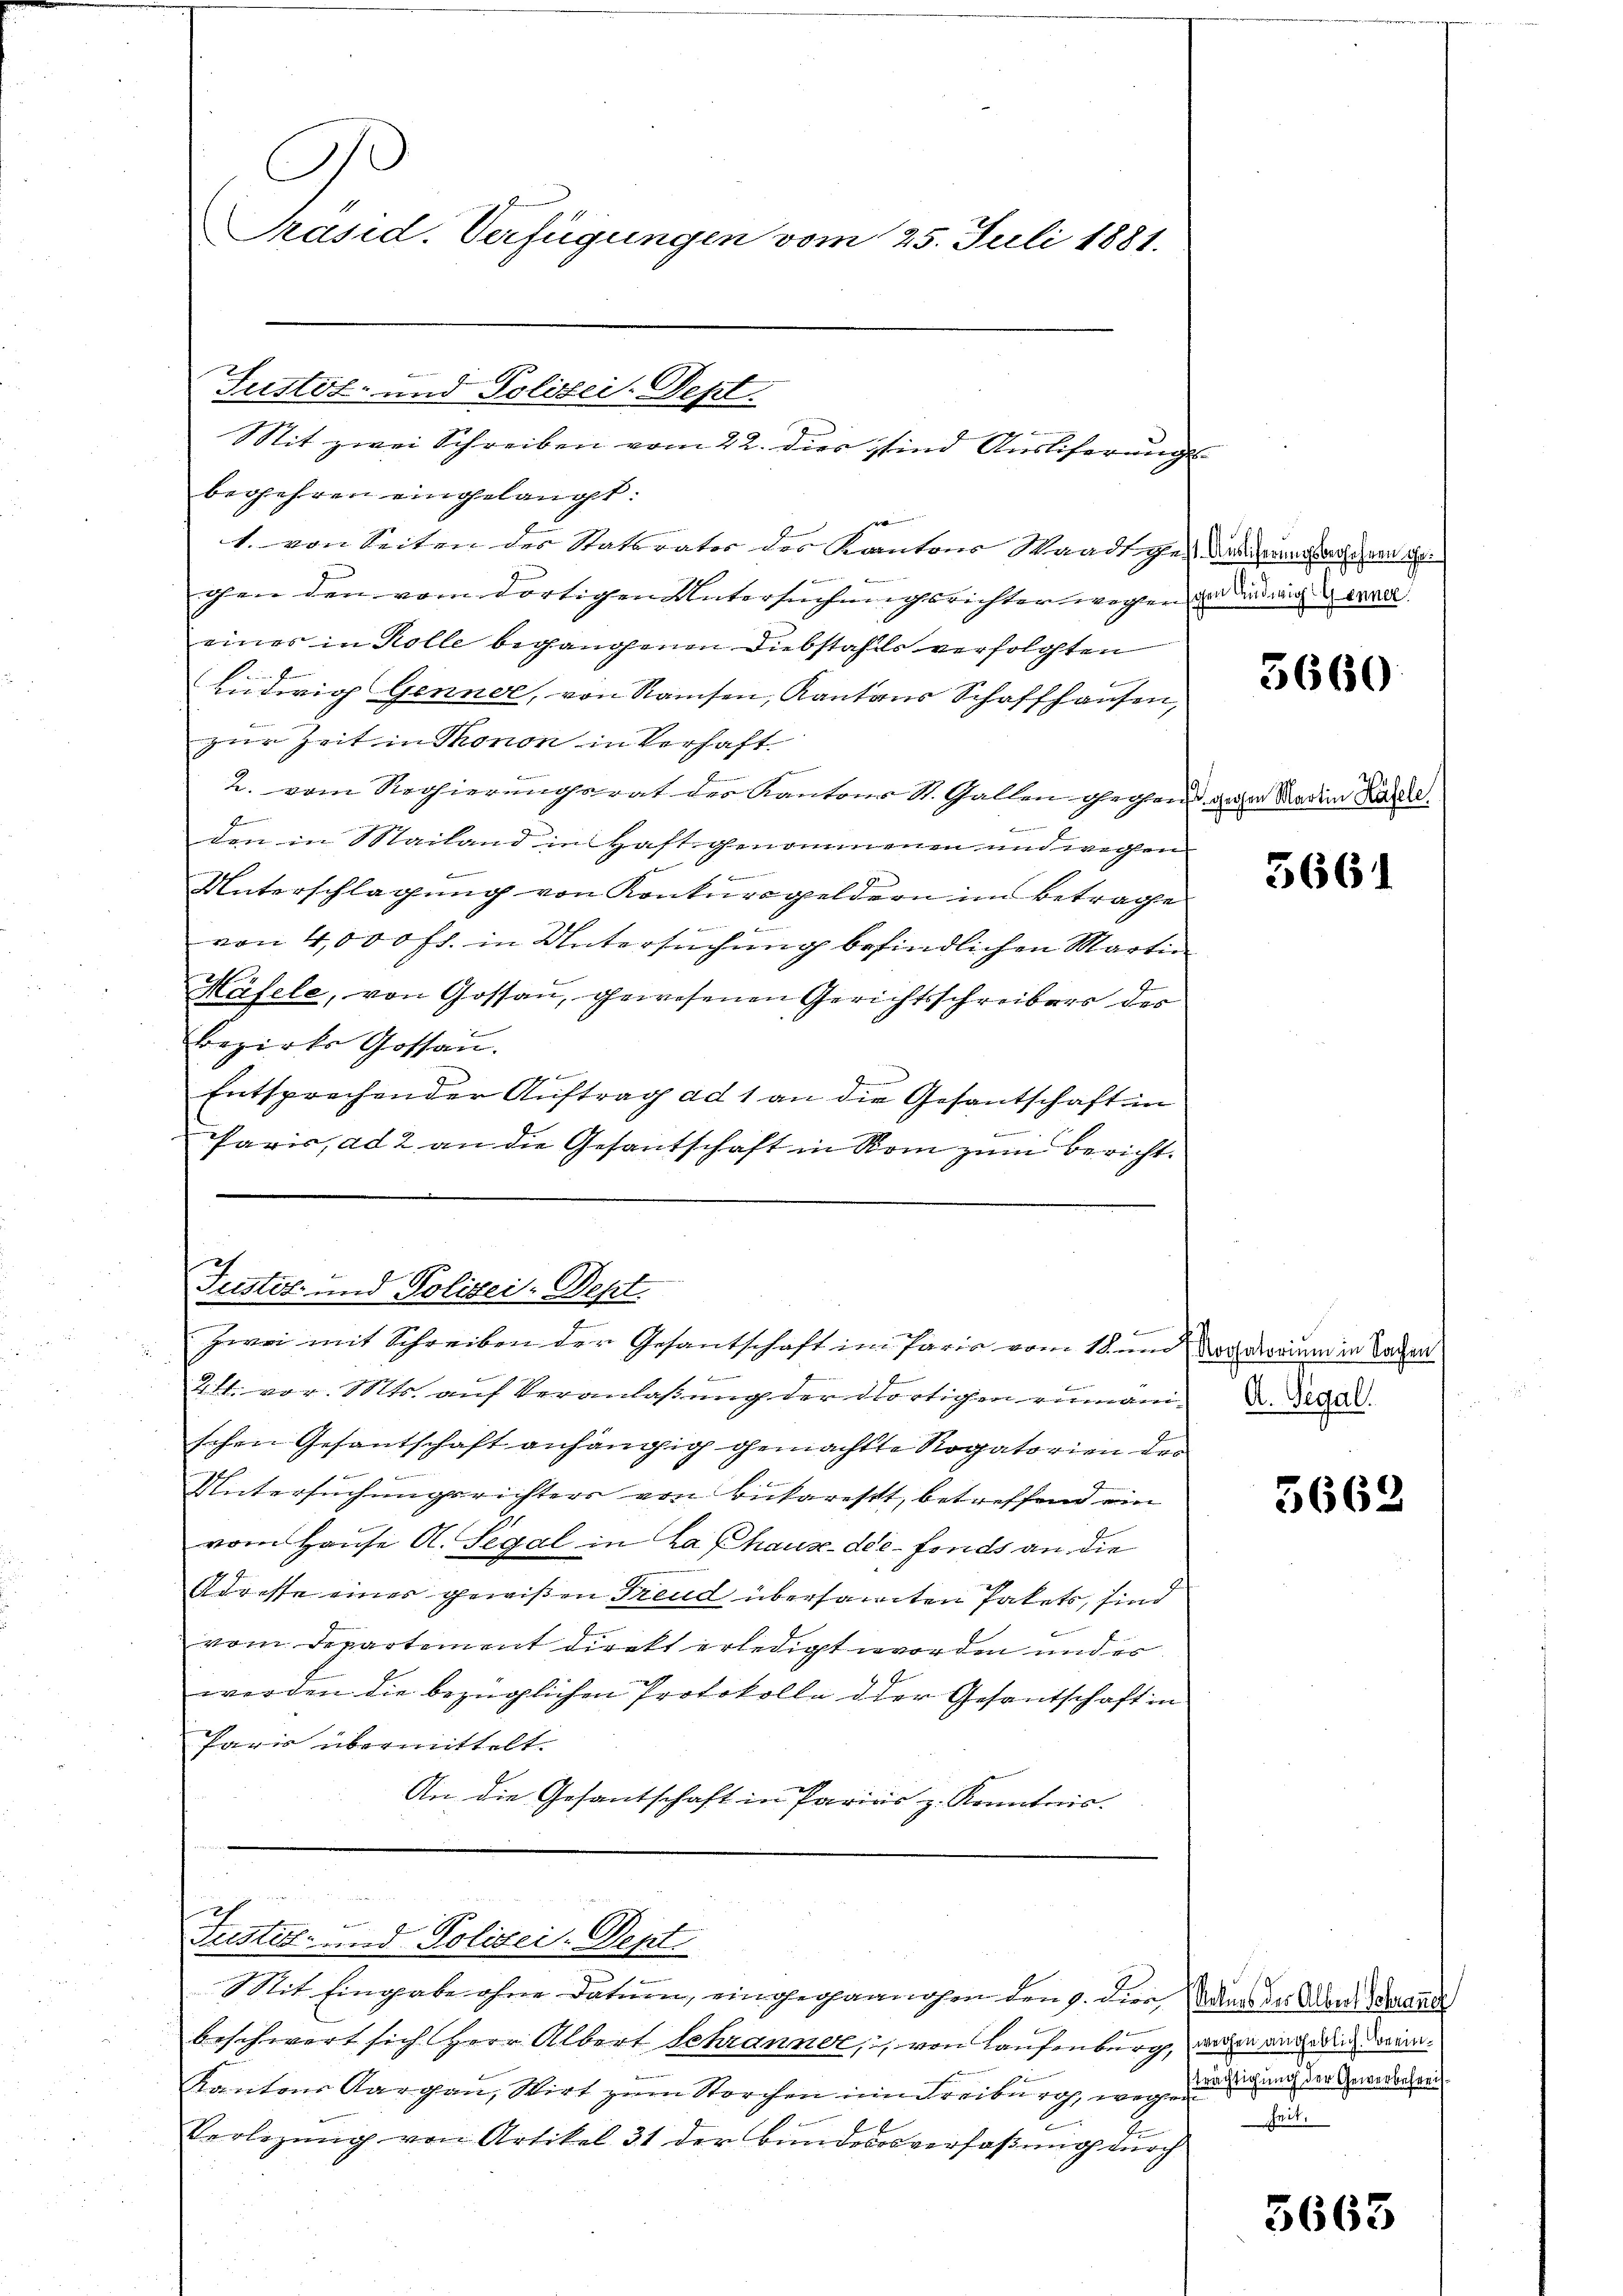
0
Präsid. Verfügungen vom 25. Juli 1881.

er |
1. von Seiten der Staturator des Kantons Waadt geses Grundarschen ge
e
.
e
gen den vom dortigen Untersuchmachsrichter wegen und Andrig erwa
eines in Kolle begangenen Diebstahls verfolgten
Ludwig Genner, von Ramsen, Kantons Schaffhausen,
zur Zeit in Thonon in Verhaft.
2. vom Regierungsrat der Kantons St. Gallen Gechen gehen Marien alle
E
e
den in Mailand in Haft genommenen und wegen
b
Unterschlagung von Konkursgeldern im Betrage
9
von 4,000 fl. in Untersuchung befindlichen Martin
2
d
Mäfele, von Gossau, gewesenen Gerichtsschreibers des
Bezirks Gossau.
Entsprechender Auftrag ad 1 an die Gesantschaft in
16
Paris, ad 2 an die Gesantschaft in Rom zum Bericht.

Justiz- und Polizei-Sept.
 d
it zwei Schreiben vom 22. dies sind Ausliferungs
begehren eingelangt.

Justiz- und Polizei-Sept.
 x
Zwei mit Schreiben der Gesantschaft im Paris vom 18. und Vorarium in Sachen

d
2tt. vor. Mts. auf Veranlaßung der dortigen rumäni¬ D. Regel
schen Gesantschaft anhängig gemachte Rogatorien des
Untersuchungsrichters von Bukarest, betreffend ein
vom Hause A. Segal in La Chaux-de-Fonds an die
Adresse einer gewißen Freud übersammten Pakets, sind
vom Departement direkt erledigt worden und es
werden die bezüglichen Protokolle der Gesandschaft in
Paris übermittelt.
An die Gesantschaft in Parias z. Konntnis.

degangen
x
f
Fustel- und Polizei-Dept.

Mit Eingabe ohne Datum, eingegannahen den 9. die Was der den Waare
beschwert sich Herr Albert Schranner, von Laufenburg, worin aus die Wein¬
1
Kantons Aargau, Wirt zum Storchen im Freiburg, weg, und nach der Geredensel
Verletzŭng von Artikel 31 der Bunderesverfaßung durch

3660

3661

3668

Zeit.

5663